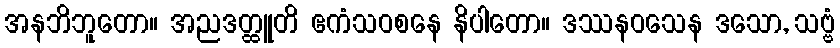
အနဘိဘူတော။ အညဒတ္ထူတိ ဧကံသဝစနေ နိပါတော။ ဒဿနဝသေန ဒသော, သဗ္ဗံ